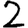
Digit: 2